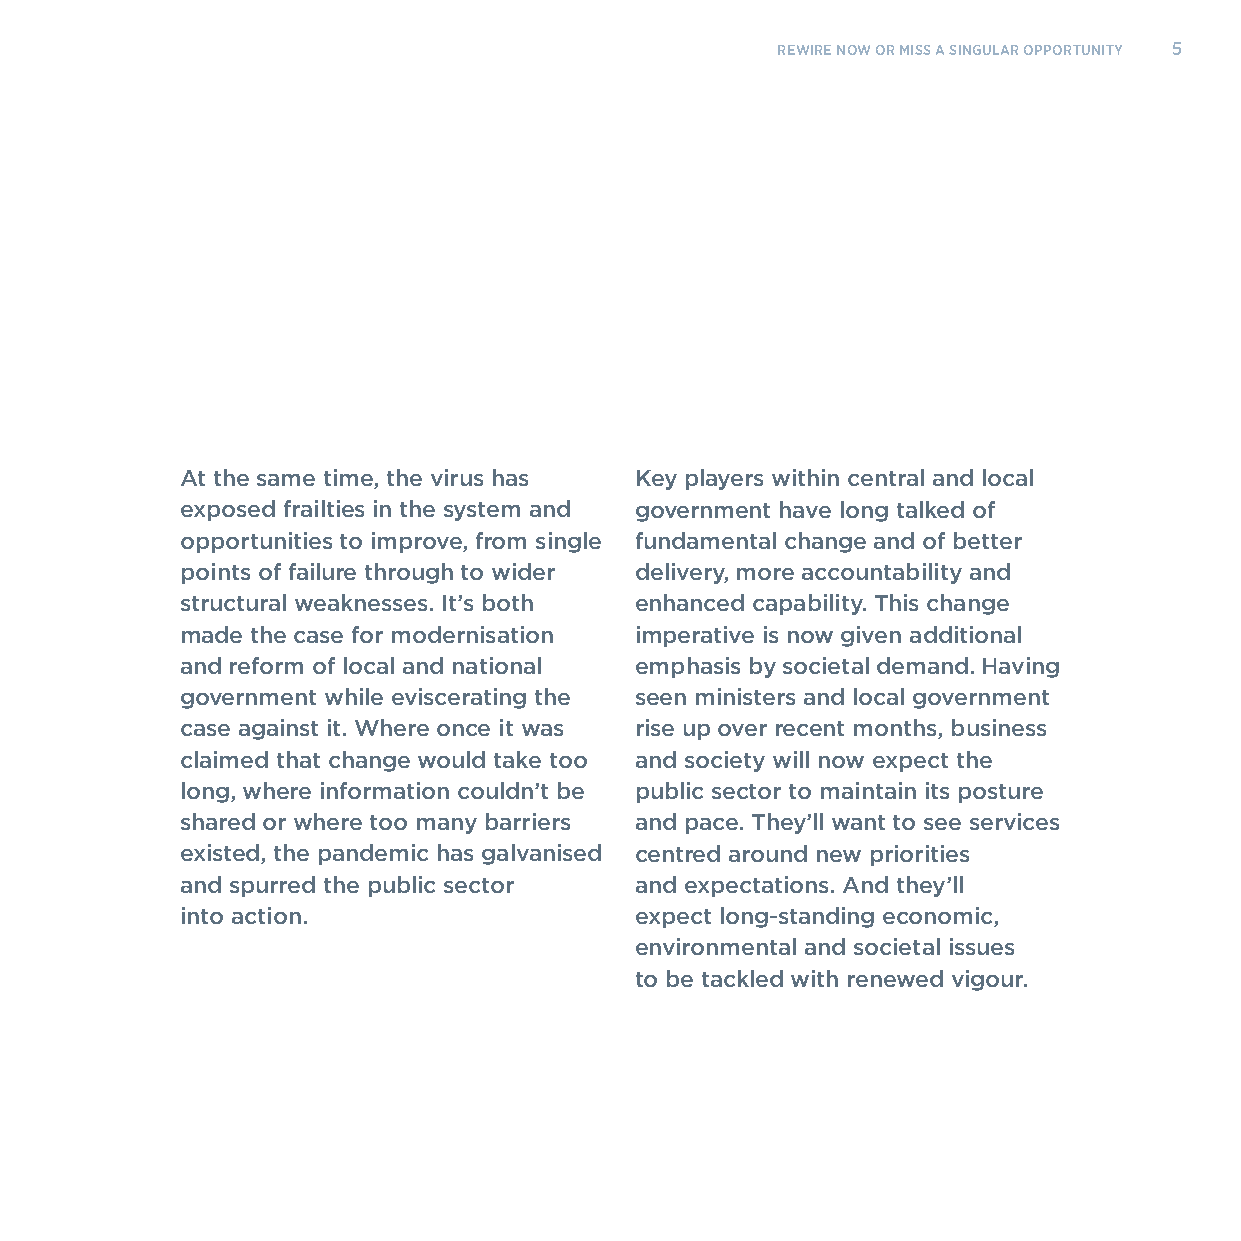
REWIRE NOW OR MISS A SINGULAR OPPORTUNITY 5
 At the same time, the virus has Key players within central and local
 exposed frailties in the system and government have long talked of
 opportunities to improve, from single fundamental change and of better
 points of failure through to wider delivery, more accountability and
 structural weaknesses. It’s both enhanced capability. This change
 made the case for modernisation imperative is now given additional
 and reform of local and national emphasis by societal demand. Having
 government while eviscerating the seen ministers and local government
 case against it. Where once it was rise up over recent months, business
 claimed that change would take too and society will now expect the
 long, where information couldn’t be public sector to maintain its posture
 shared or where too many barriers and pace. They’ll want to see services
 existed, the pandemic has galvanised centred around new priorities
 and spurred the public sector and expectations. And they’ll
 into action.                  expect long-standing economic,
 environmental and societal issues
 to be tackled with renewed vigour.